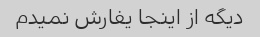
دیگه از اینجا یفارش نمیدم